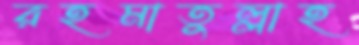
রহমাতুল্লাহ